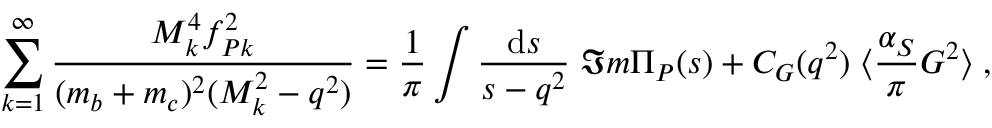
\sum _ { k = 1 } ^ { \infty } \frac { M _ { k } ^ { 4 } f _ { P k } ^ { 2 } } { ( m _ { b } + m _ { c } ) ^ { 2 } ( M _ { k } ^ { 2 } - q ^ { 2 } ) } = \frac { 1 } { \pi } \int \frac { \mathrm { d } s } { s - q ^ { 2 } } \; \Im m \Pi _ { P } ( s ) + C _ { G } ( q ^ { 2 } ) \; \langle \frac { \alpha _ { S } } { \pi } G ^ { 2 } \rangle \; ,